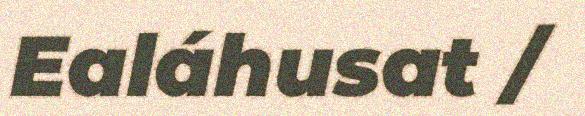
Ealáhusat /